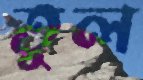
তুল